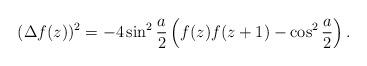
LaTeX: \begin{align*}(\Delta f(z))^2=-4\sin^2\frac{a}{2}\left(f(z)f(z+1)-\cos^2\frac{a}{2}\right).\end{align*}